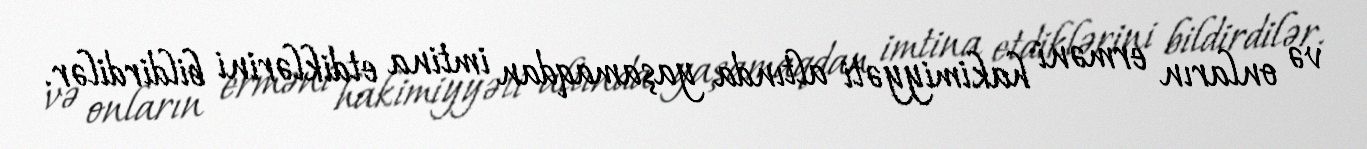
və onların erməni hakimiyyəti altında yaşamaqdan imtina etdiklərini bildirdilər.